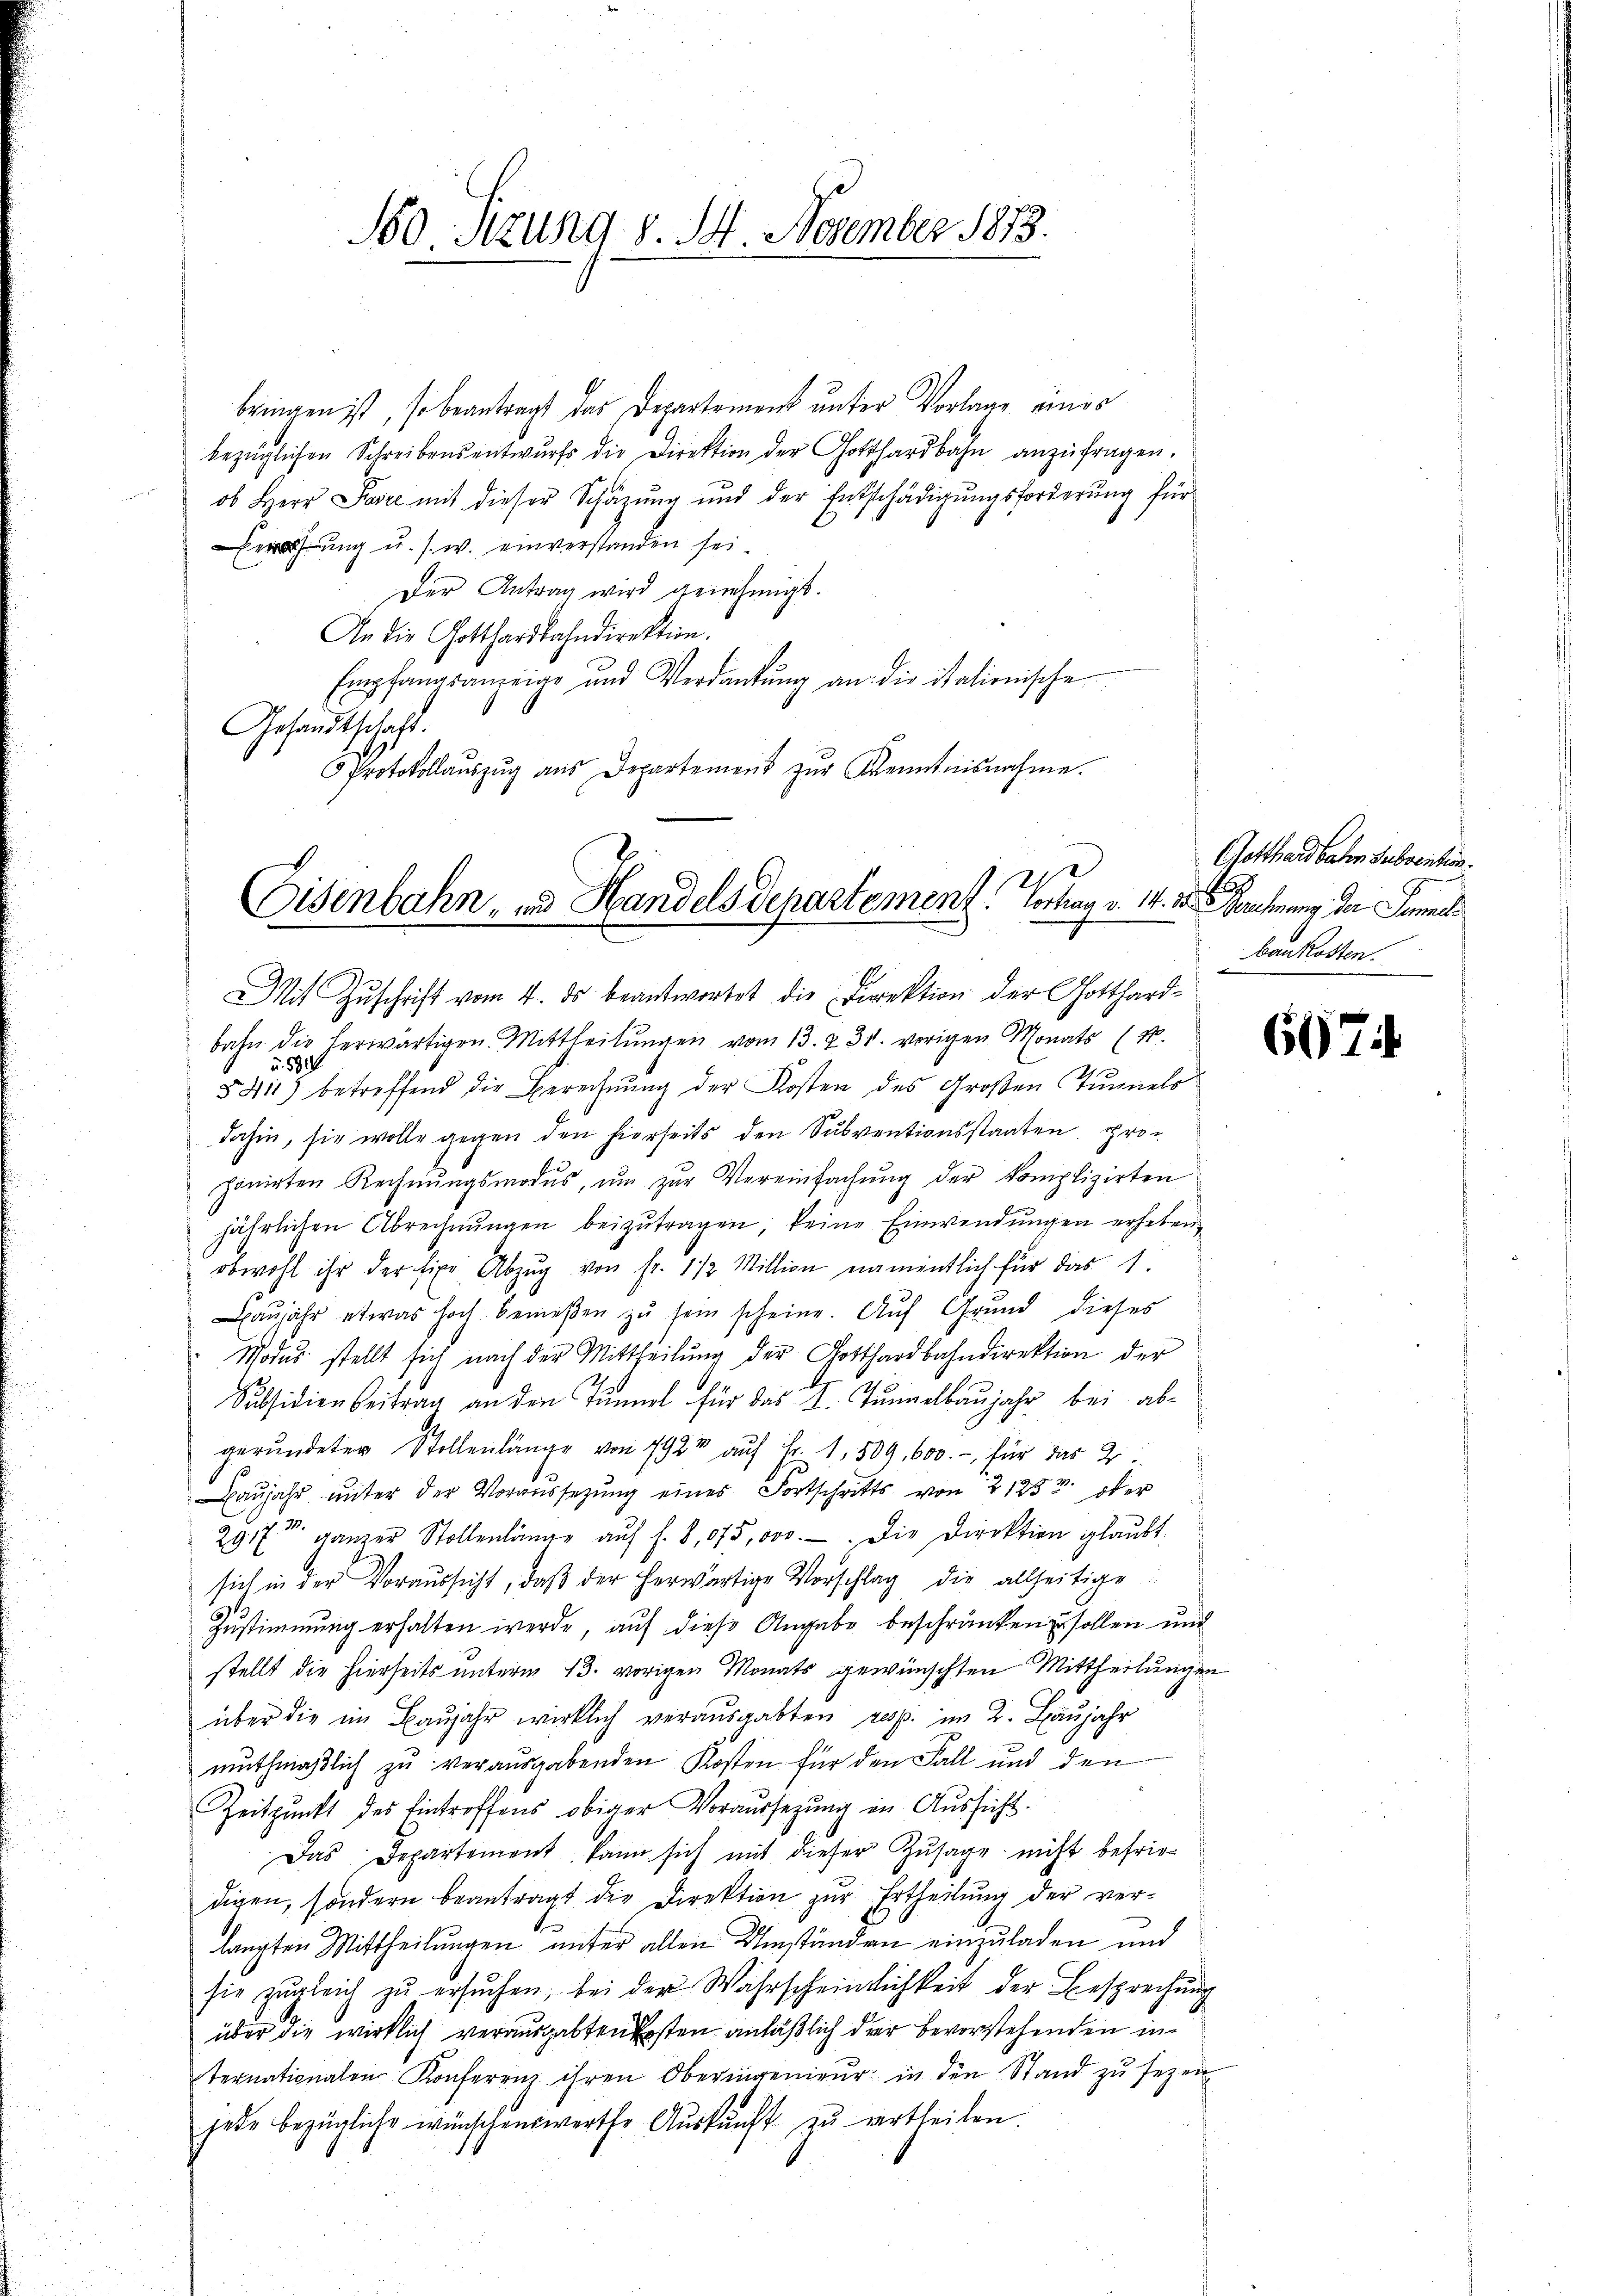
160. Sitzung v. 14. Dezember 1883.

bringen ist, so beantragt das Departement unter Vorlage eines
bezüglichen Schreibensentwŭrfs die Direktion der Gotthardbahn anzŭfragen.
ob Herr Posze mit dieser Schäzŭng und der Entschädigŭngsforderŭng für
ehung u. s. w. einverstanden sei.
Der Antrag wird genehmigt.
An die Gotthardbahndirektion.
Empfangsanzeige und Verdankŭng an die italienische
Gesandtschaft.
Protokollaŭszŭg ans Departement zŭr Kenntnisnahme.

20
Eisenbahn, und Handels Departement. Vortrag v. 14. 18. Gerechnung der Semmel

Mit Zuschrift vom 4. ds beantwortet die Direktion der Gotthardbahn die herwärtigen Mittheilungen vom 13. v. 31. vorigen Monats (N.
u. 532
§ 411. betreffend die Berechnung der Kosten des Großen Tunnels
dahin, sie wolle gegen den hierseits den Subventionsstaaten. Pro-
ponirten Rechnŭngsmodŭs ŭm zŭr Vereinfachŭng der komplizirten
jährlichen Abrechnungen beizutragen, keine Einwendungen erheben
obwohl ihr der fixe Abzŭg von Fr. 1/2 Million namentlich für das 1.
aŭjahr etwas hoch bemeβen zŭ sein scheine. Auf Grund dieses
Modus stellt sich nach der Mittheilŭng der Gotthardbahndirektion der
Subsidienbeitrag an den Tunnel für das I. Tunnelbaujahr bei abgerŭndeter Stellenlänge von 792 aŭf Fr. 1. 509. 600.- für das 2
Baŭjahr unter der Voraussetzŭng eines Fortschritts von 21252 oder
2917 ganzer Stollenlänge aŭf f. 8,075,000. Die Direktion glaŭbt.
sich in der Voraussicht, daβ der herwärtige Vorschlag die allseitige
Zustimmung erhalten werde, auf diese Angabe beschränken zu sollen und
stellt die hierseits unterm 13. vorigen Monats gewünschten Mittheilungen
über die im Baŭjahr wirklich verausgabten resp. im 2. Baŭjahr
muthmaßlich zu verausgabenden Kosten für den Fall und den
Zeitpunkt des Eintroffens obiger Voraussezung in Aussicht.
Das Departement kann sich mit dieser Zusage nicht befrie-
digen, sondern beantragt die Direktion zur Ertheilung der vert
langten Mittheilungen unter allen Umständen einzuladen und
sie zugleich zu ersuchen, bei der Wahrscheinlichkeit der Besprechung
über die wirklich verausgabten Kosten anläßlich der bevorstehenden internationalen Konferenz ihren Oberingenieur in den Stand zu sezen
jede bezügliche wünschenswerthe Aŭskŭnft zŭ ertheilen.

Gotthardbahen Subventin.
B
baukosten.

607